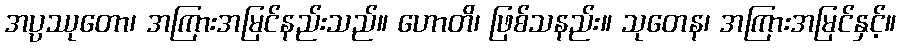
အပ္ပဿုတော၊ အကြားအမြင်နည်းသည်။ ဟောတိ၊ ဖြစ်သနည်း။ သုတေန၊ အကြားအမြင်နှင့်။